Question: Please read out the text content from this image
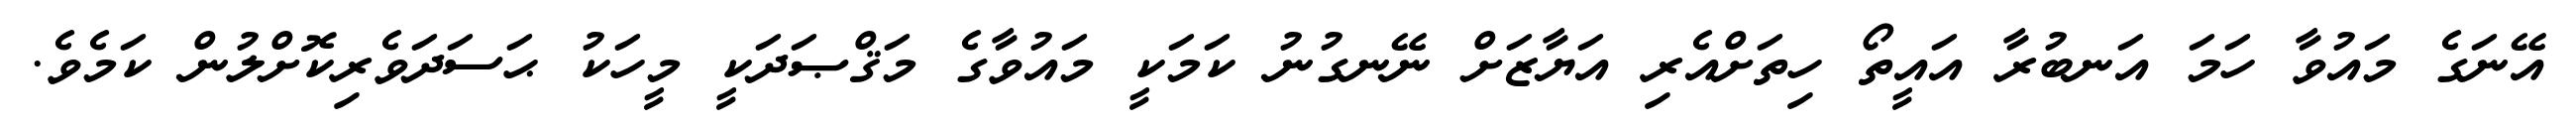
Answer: އޭނަގެ މައުވާ ހަމަ އަނބުރާ އައީތޯ ހިތަށްއެރި އަޔާޒަށް ނޭނގުނު ކަމަކީ މައުވާގެ މަޤްޞަދަކީ މީހަކު ޙަސަދަވެރިކޮށްލުން ކަމެވެ.